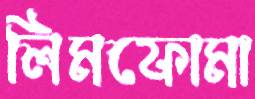
লিমফোমা